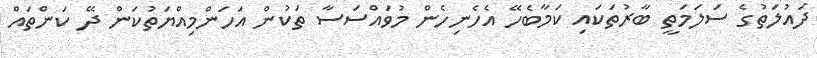
ދައުލަތުގެ ސަލަމަތީ ބާރުތަކައި ކަމާބެހޭ އެހެނިހެން މުވައްސަސާ ތަކުން އަހަންމިއްޔަތުކަން ދޭ ކަންތައް